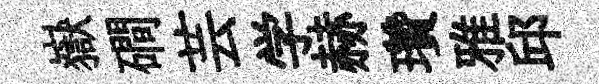
嶽磵芸学赫瓚雅邱